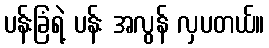
ပန်းခြံရဲ့ ပန်း အလွန် လှပတယ်။